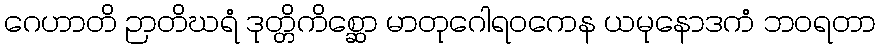
ဂေဟာတိ ဉာတိဃရံ ဒုတ္တိကိစ္ဆော မာတုဂေါရဝကေန ယမုနောဒကံ ဘဝရတာ